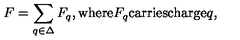
F = \sum _ { q \in \Delta } F _ { q } \mathrm { , w h e r e } F _ { q } \mathrm { c a r r i e s c h a r g e } q ,